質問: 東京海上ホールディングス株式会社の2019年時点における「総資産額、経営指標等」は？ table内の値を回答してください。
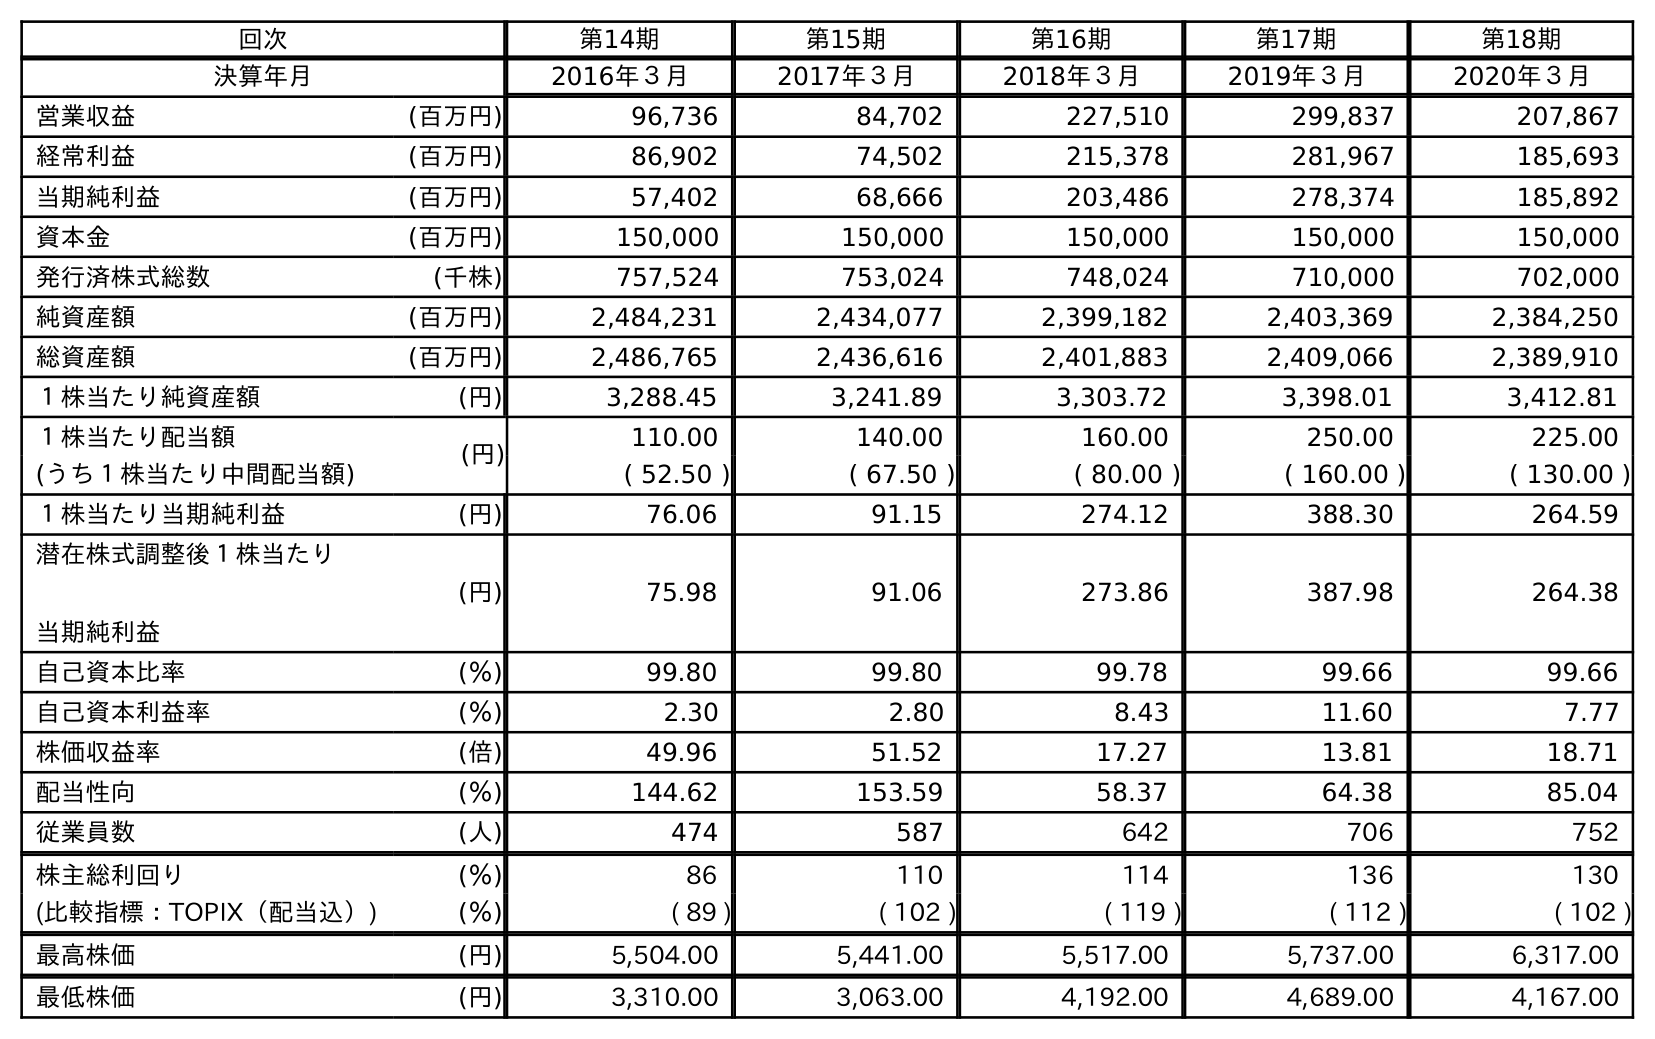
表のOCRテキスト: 回次 第14期 第15期 第16期 第17期 第18期 決算年月 2016年３月 2017年３月 2018年３月 2019年３月 2020年３月 営業収益 (百万円) 96,736 84,702 227,510 299,837 207,867 経常利益 (百万円) 86,902 74,502 215,378 281,967 185,693 当期純利益 (百万円) 57,402 68,666 203,486 278,374 185,892 資本金 (百万円) 150,000 150,000 150,000 150,000 150,000 発行済株式総数 (千株) 757,524 753,024 748,024 710,000 702,000 純資産額 (百万円) 2,484,231 2,434,077 2,399,182 2,403,369 2,384,250 総資産額 (百万円) 2,486,765 2,436,616 2,401,883 2,409,066 2,389,910 １株当たり純資産額 (円) 3,288.45 3,241.89 3,303.72 3,398.01 3,412.81 １株当たり配当額 (円) 110.00 140.00 160.00 250.00 225.00 (うち１株当たり中間配当額) ( 52.50 ) ( 67.50 ) ( 80.00 ) ( 160.00 ) ( 130.00 ) １株当たり当期純利益 (円) 76.06 91.15 274.12 388.30 264.59 潜在株式調整後１株当たり 当期純利益 (円) 75.98 91.06 273.86 387.98 264.38 自己資本比率 (％) 99.80 99.80 99.78 99.66 99.66 自己資本利益率 (％) 2.30 2.80 8.43 11.60 7.77 株価収益率 (倍) 49.96 51.52 17.27 13.81 18.71 配当性向 (％) 144.62 153.59 58.37 64.38 85.04 従業員数 (人) 474 587 642 706 752 株主総利回り (％) 86 110 114 136 130 (比較指標：TOPIX（配当込）) (％) ( 89 ) ( 102 ) ( 119 ) ( 112 ) ( 102 ) 最高株価 (円) 5,504.00 5,441.00 5,517.00 5,737.00 6,317.00 最低株価 (円) 3,310.00 3,063.00 4,192.00 4,689.00 4,167.00
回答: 2,409,066